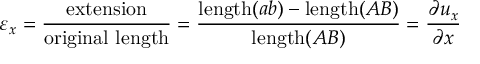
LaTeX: \varepsilon _ { x } = { \frac { \mathrm { e x t e n s i o n } } { \mathrm { o r i g i n a l ~ l e n g t h } } } = { \frac { \mathrm { l e n g t h } ( a b ) - \mathrm { l e n g t h } ( A B ) } { \mathrm { l e n g t h } ( A B ) } } = { \frac { \partial u _ { x } } { \partial x } }